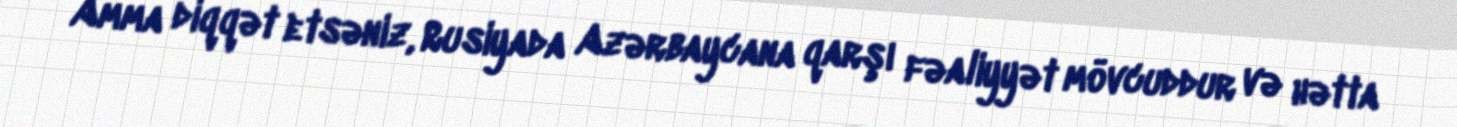
- Amma diqqət etsəniz, Rusiyada Azərbaycana qarşı fəaliyyət mövcuddur və hətta